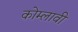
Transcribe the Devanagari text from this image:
कोम्लावी